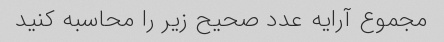
مجموع آرایه عدد صحیح زیر را محاسبه کنید